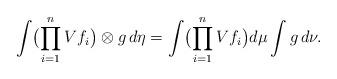
LaTeX: \begin{align*}\int \bigl(\prod_{i=1}^n Vf_i\bigr)\otimes g\,d\eta=\int \bigl(\prod_{i=1}^n Vf_i\bigr) d\mu\int g\,d\nu.\end{align*}